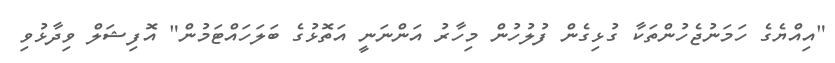
"އިއްޔެގެ ހަމަނުޖެހުންތަކާ ގުޅިގެން ފުލުހުން މިހާރު އަންނަނީ އަތޮޅުގެ ބަލަހައްޓަމުން" އޮފިޝަލް ވިދާޅުވި